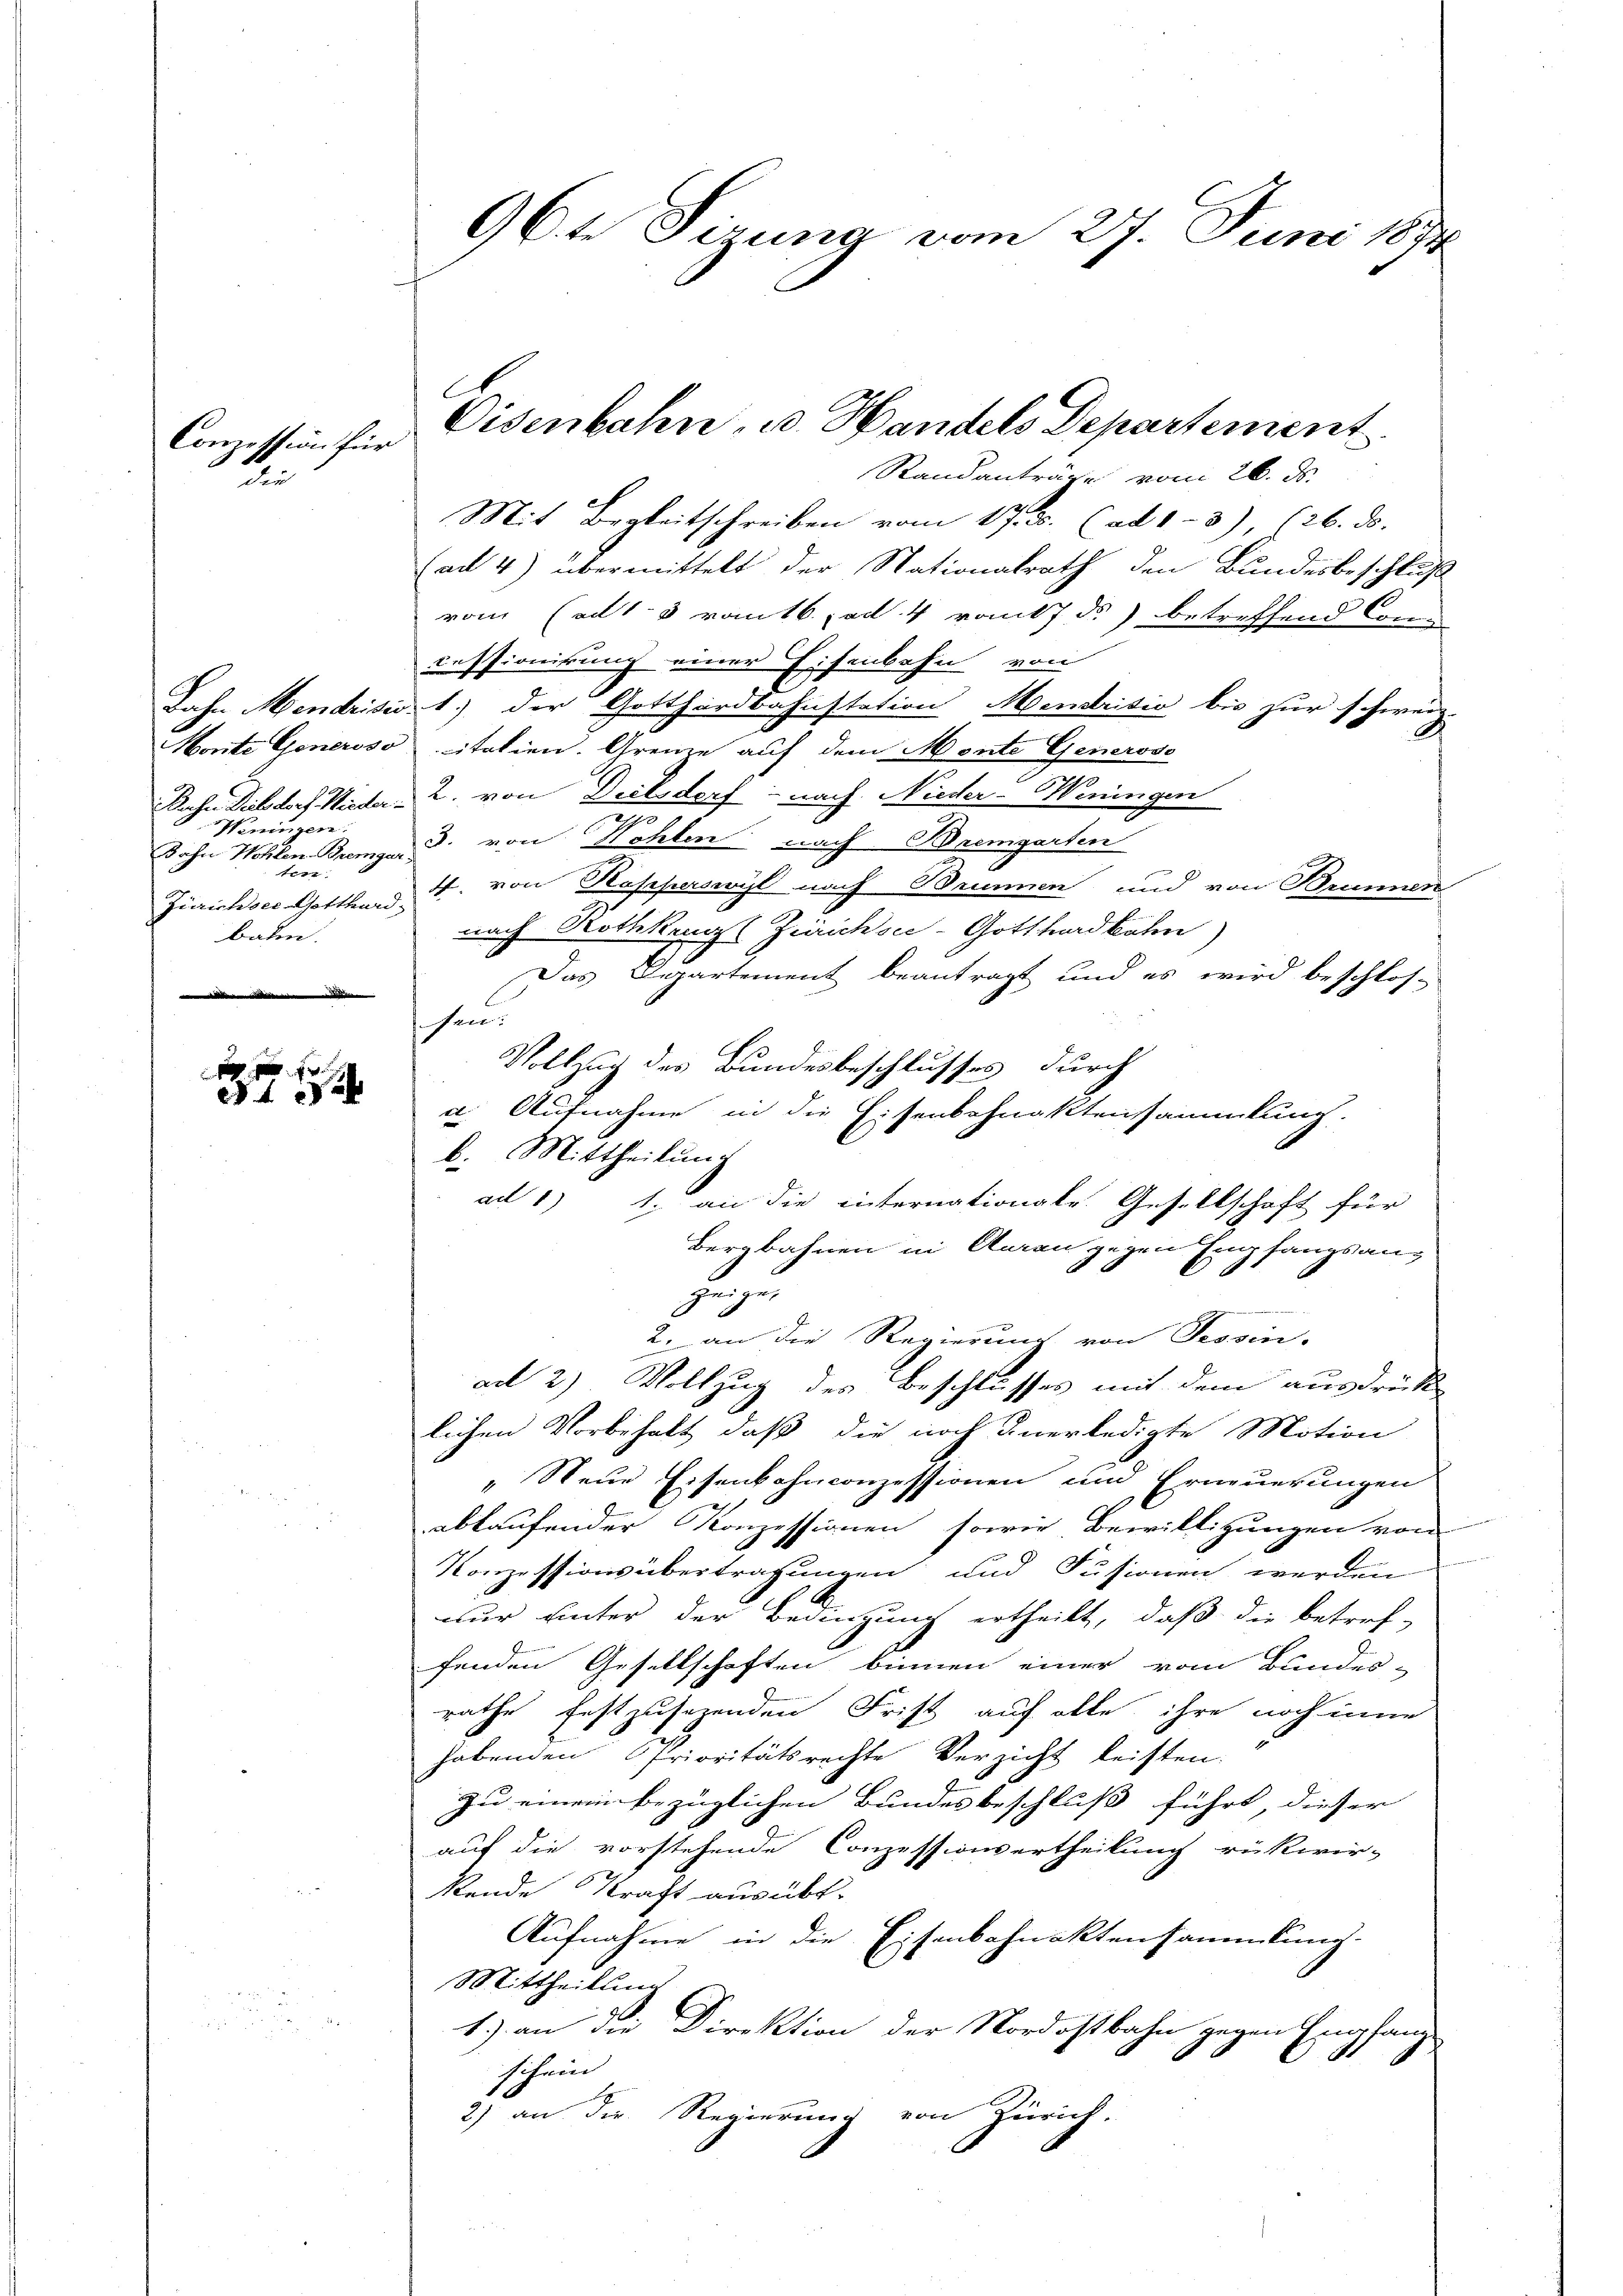
Conzession für
E

Winingen.
Dahn Wohlen-Bremgar
ten.
Zürichser Gotthard
baten.

4

96te Sizung vom 27. Juni 1891

Mit Begleitschreiben vom 17. ds. (ad 1. 3), 626. ds.
(ad 4) übermittelt der Nationalrath den Bundesbeschluß
vom (ad 13 romtb. ad 4 vom 7 ds) betreffend Conc
cessionikung einer Eisenbahn von
Jahn Mendrisis 1.) der Gotthardbahnstation Mendrisio bis zur schweiz-
d
Morite Generoso italien. Grenze auf dem Monte Generose
Dahn Dich doch Wieder 2. von Dielsdorf - nach Nieder-Weningen
n
3. von Hohlen nach Bremgarten
4. von Rapperswyl nach Brunnen und von Brunnen
nach Rothken (Zürichs-Gotthardkohn)
Das Departement beantragt und es wird beschlos-
sehen.
Vollzug des Bundesbeschlusses durch
a. Aufnahme in die Eisenbahnaktensammlung.
b. Mittheilung
ad 1) 1. an die internationale Gesellschaft für
Bergbahnen in Amran gegen Empfangsang
gegen
2. an die Regierung von Tessin.
ad 2). Vollzug des Beschlusses mit dem ausdrück
lichen Vorbehalt, daß die noch unerledigte Motion
„Neue Eisenbahnconzessionen und Erneuerungen
ablaufender Konzessionen, sowie Bewilligungen von
Konzessionsübertragungen und Fusionen werden
nur unter der Bedingung ertheilt, daß die betref-
fenden Gesellschaften binnen einer vom Bundes-
rathe festzusehenden Frist auf alle ihre noch inne
habenden Prioritätsrechte Verzicht leisten.
zu einem bezüglichen Bundesbeschluß führt, dieser
auf die vorstehende Conzessionsertheilung rükwir-
kende Kraft ausübt.
Aufnahme in die Eisenbahnaktensammlung.
Mittheilung
1.) an die Direktion der Nordostbahn gegen Empfang
schein
2) an der Regierung von Zürich.

Eisenbahn u. Handels Departement
Standanträge vom 26. ds.